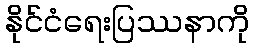
နိုင်ငံရေးပြဿနာကို